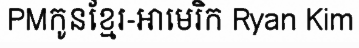
PMកូនខ្មែរ-អាមេរិក Ryan Kim